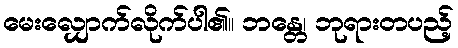
မေးလျှောက်လိုက်ပါ၏။ ဘန္တေ၊ ဘုရားတပည့်